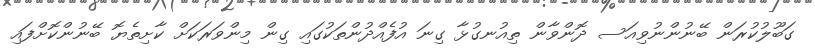
ގަބޫލުކުރަން ބޭނުންނުވިއަސ ދޮންވާން ތިއުނގުޅާ ގިނަ އުފެއްދުންތަކުގައި ގިން މިންވަރަކަށް ކާށިތެޔޮ ބޭނުންކޮށްފައި